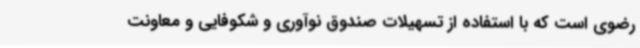
رضوی است که با استفاده از تسهیلات صندوق نوآوری و شکوفایی و معاونت